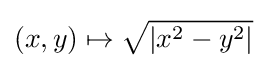
(x,y)\mapsto {\sqrt {\left|x^{2}-y^{2}\right|}}